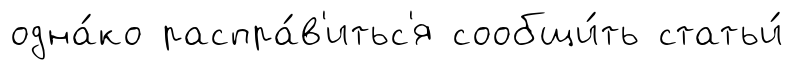
одна́ко распра́в'итьс'я сообщи́ть статьи́